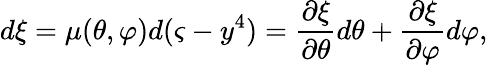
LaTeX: d\xi=\mu(\theta,\varphi)d(\varsigma-y^{4})=\frac{\partial\xi}{\partial\theta}d\theta+\frac{\partial\xi}{\partial\varphi}d\varphi,